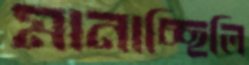
মানাচ্ছিলি